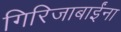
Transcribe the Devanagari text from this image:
गिरिजाबाईंना